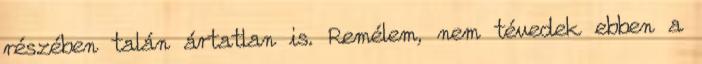
részében talán ártatlan is. Remélem, nem tévedek ebben a